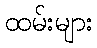
ထမ်းများ